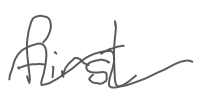
Text: first
Cross-out: wave
Writing tool: digital_gray